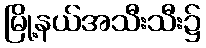
မြို့နယ်အသီးသီး၌